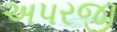
અપરજી